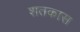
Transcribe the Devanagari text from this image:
शतकास